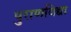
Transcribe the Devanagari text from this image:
पुराणविद्या